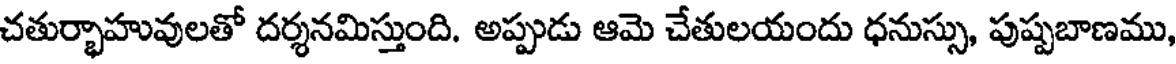
చతుర్భాహువులతో దర్శనమిస్తుంది. అప్పుడు ఆమె చేతులయందు ధనుస్సు, పుష్పబాణము,